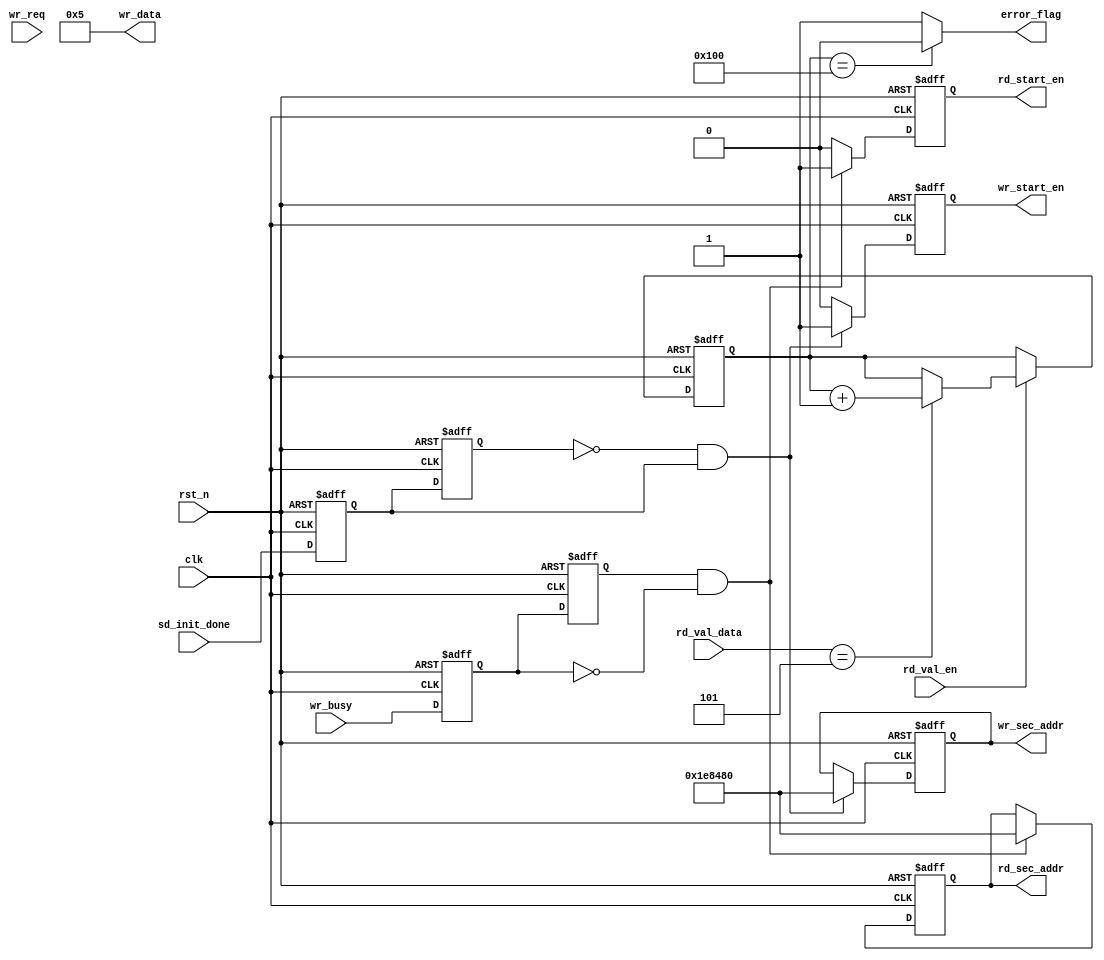
//****************************************Copyright (c)***********************************//
//www.openedv.com
//http://openedv.taobao.com 
//""FPGA & STM32
//
//Copyright(C)  2018-2028
//All rights reserved                               
//----------------------------------------------------------------------------------------
// File name:           data_gen
// Last modified Date:  2018/3/18 8:41:06
// Last Version:        V1.0
// Descriptions:        SD
//----------------------------------------------------------------------------------------
// Created by:          
// Created date:        2018/3/18 8:41:06
// Version:             V1.0
// Descriptions:        The original version
//
//----------------------------------------------------------------------------------------
//****************************************************************************************//

module data_gen(
    input                clk           ,  //
    input                rst_n         ,  //,
    input                sd_init_done  ,  //SD
    //SD
    input                wr_busy       ,  //
    input                wr_req        ,  //
    output  reg          wr_start_en   ,  //SD
    output  reg  [31:0]  wr_sec_addr   ,  //
    output       [15:0]  wr_data       ,  //
    //SD
    input                rd_val_en     ,  //
    input        [15:0]  rd_val_data   ,  //
    output  reg          rd_start_en   ,  //SD
    output  reg  [31:0]  rd_sec_addr   ,  //
    
    output               error_flag       //SD
    );

//reg define
reg              sd_init_done_d0  ;       //sd_init_done
reg              sd_init_done_d1  ;       
reg              wr_busy_d0       ;       //wr_busy
reg              wr_busy_d1       ;
reg    [15:0]    wr_data_t        ;    
wire    [15:0]    rd_comp_data     ;       //
reg    [8:0]     rd_right_cnt     ;       //

//wire define
wire             pos_init_done    ;       //sd_init_done,
wire             neg_wr_busy      ;       //wr_busy,

//*****************************************************
//**                    main code
//*****************************************************
assign  rd_comp_data = 16'd05;
assign  pos_init_done = (~sd_init_done_d1) & sd_init_done_d0;
assign  neg_wr_busy = wr_busy_d1 & (~wr_busy_d0);
//wr_data_t0~256;wr_data:0~255
assign  wr_data = 16'd05;//(wr_data_t > 16'd0)  ?  (wr_data_t - 1'b1) : 
//256,,error_flag = 0
assign  error_flag = (rd_right_cnt == (9'd256))  ?  1'b0 : 1'b1;

//sd_init_done
always @(posedge clk or negedge rst_n) begin
    if(!rst_n) begin
        sd_init_done_d0 <= 1'b0;
        sd_init_done_d1 <= 1'b0;
    end
    else begin
        sd_init_done_d0 <= sd_init_done;
        sd_init_done_d1 <= sd_init_done_d0;
    end        
end

//SD
always @(posedge clk or negedge rst_n) begin
    if(!rst_n) begin
        wr_start_en <= 1'b0;
        wr_sec_addr <= 32'd0;
    end    
    else begin
        if(pos_init_done) begin
            wr_start_en <= 1'b1;
            wr_sec_addr <= 32'd2000000;         //
        end    
        else
            wr_start_en <= 1'b0;
    end    
end 

//SD
always @(posedge clk or negedge rst_n) begin
    if(!rst_n)
        wr_data_t <= 16'b0;
    else if(wr_req) 
        wr_data_t <= wr_data_t + 16'b1;
end

//wr_busy
always @(posedge clk or negedge rst_n) begin
    if(!rst_n) begin
        wr_busy_d0 <= 1'b0;
        wr_busy_d1 <= 1'b0;
    end    
    else begin
        wr_busy_d0 <= wr_busy;
        wr_busy_d1 <= wr_busy_d0;
    end
end 

//SD
always @(posedge clk or negedge rst_n) begin
    if(!rst_n) begin
        rd_start_en <= 1'b0;
        rd_sec_addr <= 32'd0;    
    end
    else begin
        if(neg_wr_busy) begin
            rd_start_en <= 1'b1;
            rd_sec_addr <= 32'd2000000;
        end   
        else
            rd_start_en <= 1'b0;          
    end    
end    

//
always @(posedge clk or negedge rst_n) begin
    if(!rst_n) begin
        //rd_comp_data <= 16'd0;
        rd_right_cnt <= 9'd0;
    end     
    else begin
        if(rd_val_en) begin
            //rd_comp_data <= rd_comp_data + 16'b1;
            if(rd_val_data == rd_comp_data)
                rd_right_cnt <= rd_right_cnt + 9'd1;  
        end    
    end        
end

endmodule